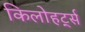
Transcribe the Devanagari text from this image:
किलोहर्ट्स